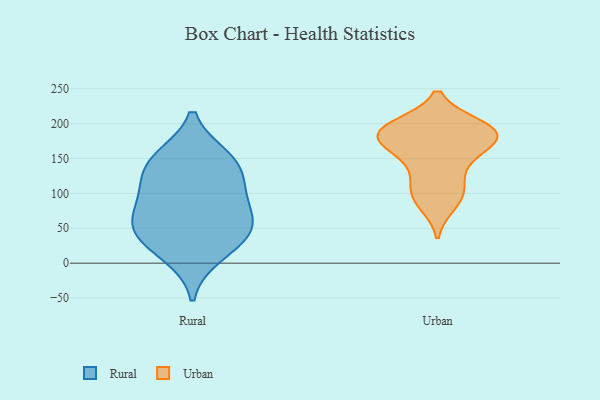
{"axis": {"x": "Satisfaction Score", "y": "Value"}, "legend": ["Rural", "Urban"], "data": [{"x": "", "y": 12, "type": "Rural"}, {"x": "", "y": 55, "type": "Rural"}, {"x": "", "y": 151, "type": "Rural"}, {"x": "", "y": 47, "type": "Rural"}, {"x": "", "y": 63, "type": "Rural"}, {"x": "", "y": 147, "type": "Rural"}, {"x": "", "y": 36, "type": "Rural"}, {"x": "", "y": 99, "type": "Rural"}, {"x": "", "y": 134, "type": "Rural"}, {"x": "", "y": 99, "type": "Rural"}, {"x": "", "y": 85, "type": "Urban"}, {"x": "", "y": 115, "type": "Urban"}, {"x": "", "y": 187, "type": "Urban"}, {"x": "", "y": 182, "type": "Urban"}, {"x": "", "y": 159, "type": "Urban"}, {"x": "", "y": 177, "type": "Urban"}, {"x": "", "y": 163, "type": "Urban"}, {"x": "", "y": 192, "type": "Urban"}, {"x": "", "y": 105, "type": "Urban"}, {"x": "", "y": 190, "type": "Urban"}, {"x": "", "y": 197, "type": "Urban"}, {"x": "", "y": 140, "type": "Urban"}, {"x": "", "y": 181, "type": "Urban"}, {"x": "", "y": 197, "type": "Urban"}, {"x": "", "y": 93, "type": "Urban"}]}